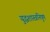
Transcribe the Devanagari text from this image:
युद्धशास्त्रनिपुण